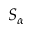
S _ { \alpha }